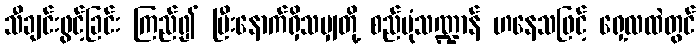
သီချင်းဖွင့်ခြင်း ကြည်၍ ပြီးနောက်ရှိသမျှတို့ စည်ပုံသဏ္ဍာန် ဟနေသဖြင့် ရှေ့လထဲတွင်